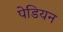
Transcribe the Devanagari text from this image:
पेडियन